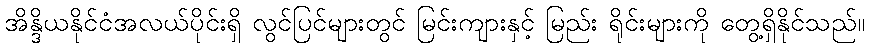
အိန္ဒိယနိုင်ငံအလယ်ပိုင်းရှိ လွင်ပြင်များတွင် မြင်းကျားနှင့် မြည်း ရိုင်းများကို တွေ့ရှိနိုင်သည်။